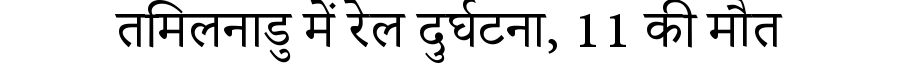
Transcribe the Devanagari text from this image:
तमिलनाडु में रेल दुर्घटना, 11 की मौत